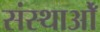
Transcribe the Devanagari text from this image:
संस्थाओँ